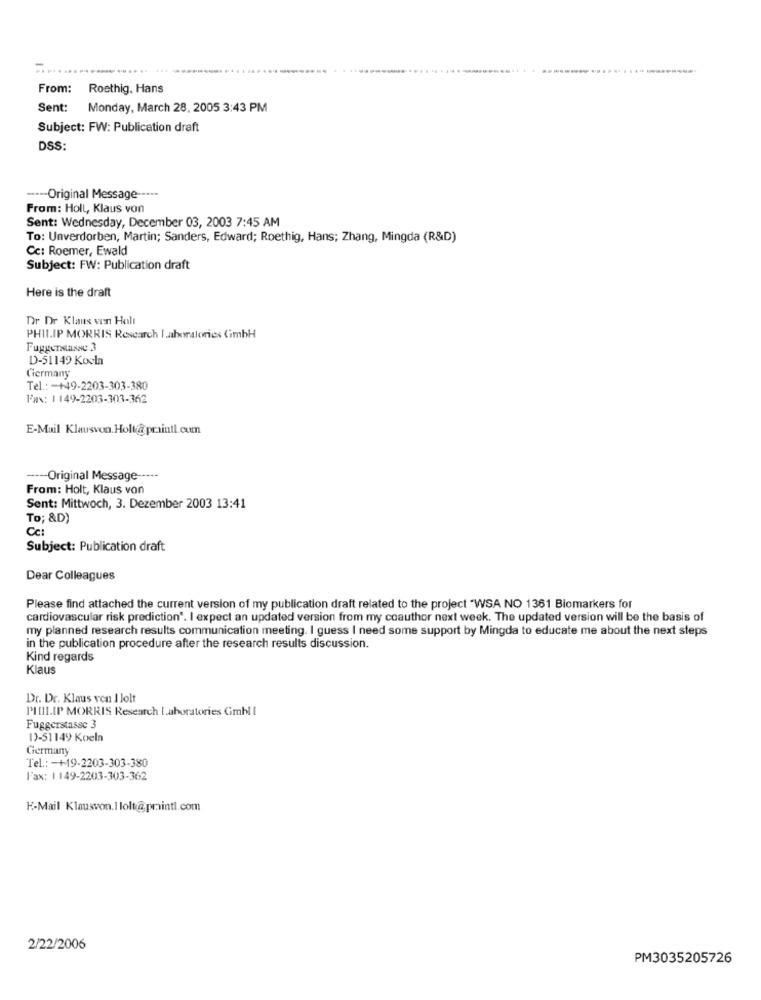
From:
Roethig, Hans
Sent:
Monday, March 28, 2005 3:43 PM
Subject: FW: Publication draft
DSS:
---- Original Message -----
From: Holl, Klaus von
Sent: Wednesday, December 03, 2003 7:45 AM
To: Unverdorben, Martin; Sanders, Edward; Roethig, Hans; Zhang, Mingda (R&D)
Cc: Roemer, Ewald
Subject: FW: Publication draft
Here is the draft
Dr De Klaus vin Holt
PHILIP MORRIS Research laboratories CimbH
D-51149 Kocla
Germany
Tel .: - +49-2203-303-380
Fax: 1149-2203-303-362
E-Mail Klausvon. Holt@ praintl.com
---- Original Message -----
From: Holt, Klaus von
Sent: Mittwoch, 3. Dezember 2003 13:41
To; &D)
Cc:
Subject: Publication draft
Dear Colleagues
Please find attached the current version of my publication draft related to the project "WSA NO 1361 Biomarkers for
cardiovascular risk prediction'. I expect an updated version from my coauthor next week. The updated version will be the basis of
my planned research results communication meeting. I guess I need some support by Mingda to educate me about the next steps
in the publication procedure after the research results discussion.
Kind regards
Klaus
Dr. Dr. Klaus von 1 lolt
PILIP MORRIS Research Laboratories Gmbl I
Fuggerstasse 3
13-51149 Koeln
Germany
Tel .: - +19-2203-303-380
Fax: 1 149-2203-303-362
E-Mail Klausvon.I lolt@printl.com
2/22/2006
PM3035205726